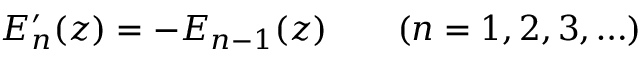
E _ { n } ^ { \prime } ( z ) = - E _ { n - 1 } ( z ) \qquad ( n = 1 , 2 , 3 , \ldots )